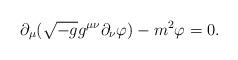
LaTeX: \begin{align*}\partial_{\mu}(\sqrt{-g}g^{\mu\nu}\partial_{\nu}\varphi)-m^2\varphi=0.\end{align*}